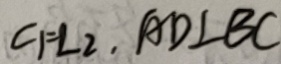
\angle 1 = \angle 2 , A D \bot B C